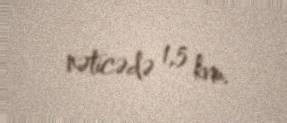
nəticədə 1,5 kvm.